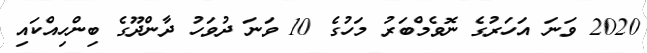
2020 ވަނަ އަހަރުގެ ނޮވެމްބަރު މަހުގެ 10 ވަނަ ދުވަހު ދާންދޫގެ ބިންހިއްކައި